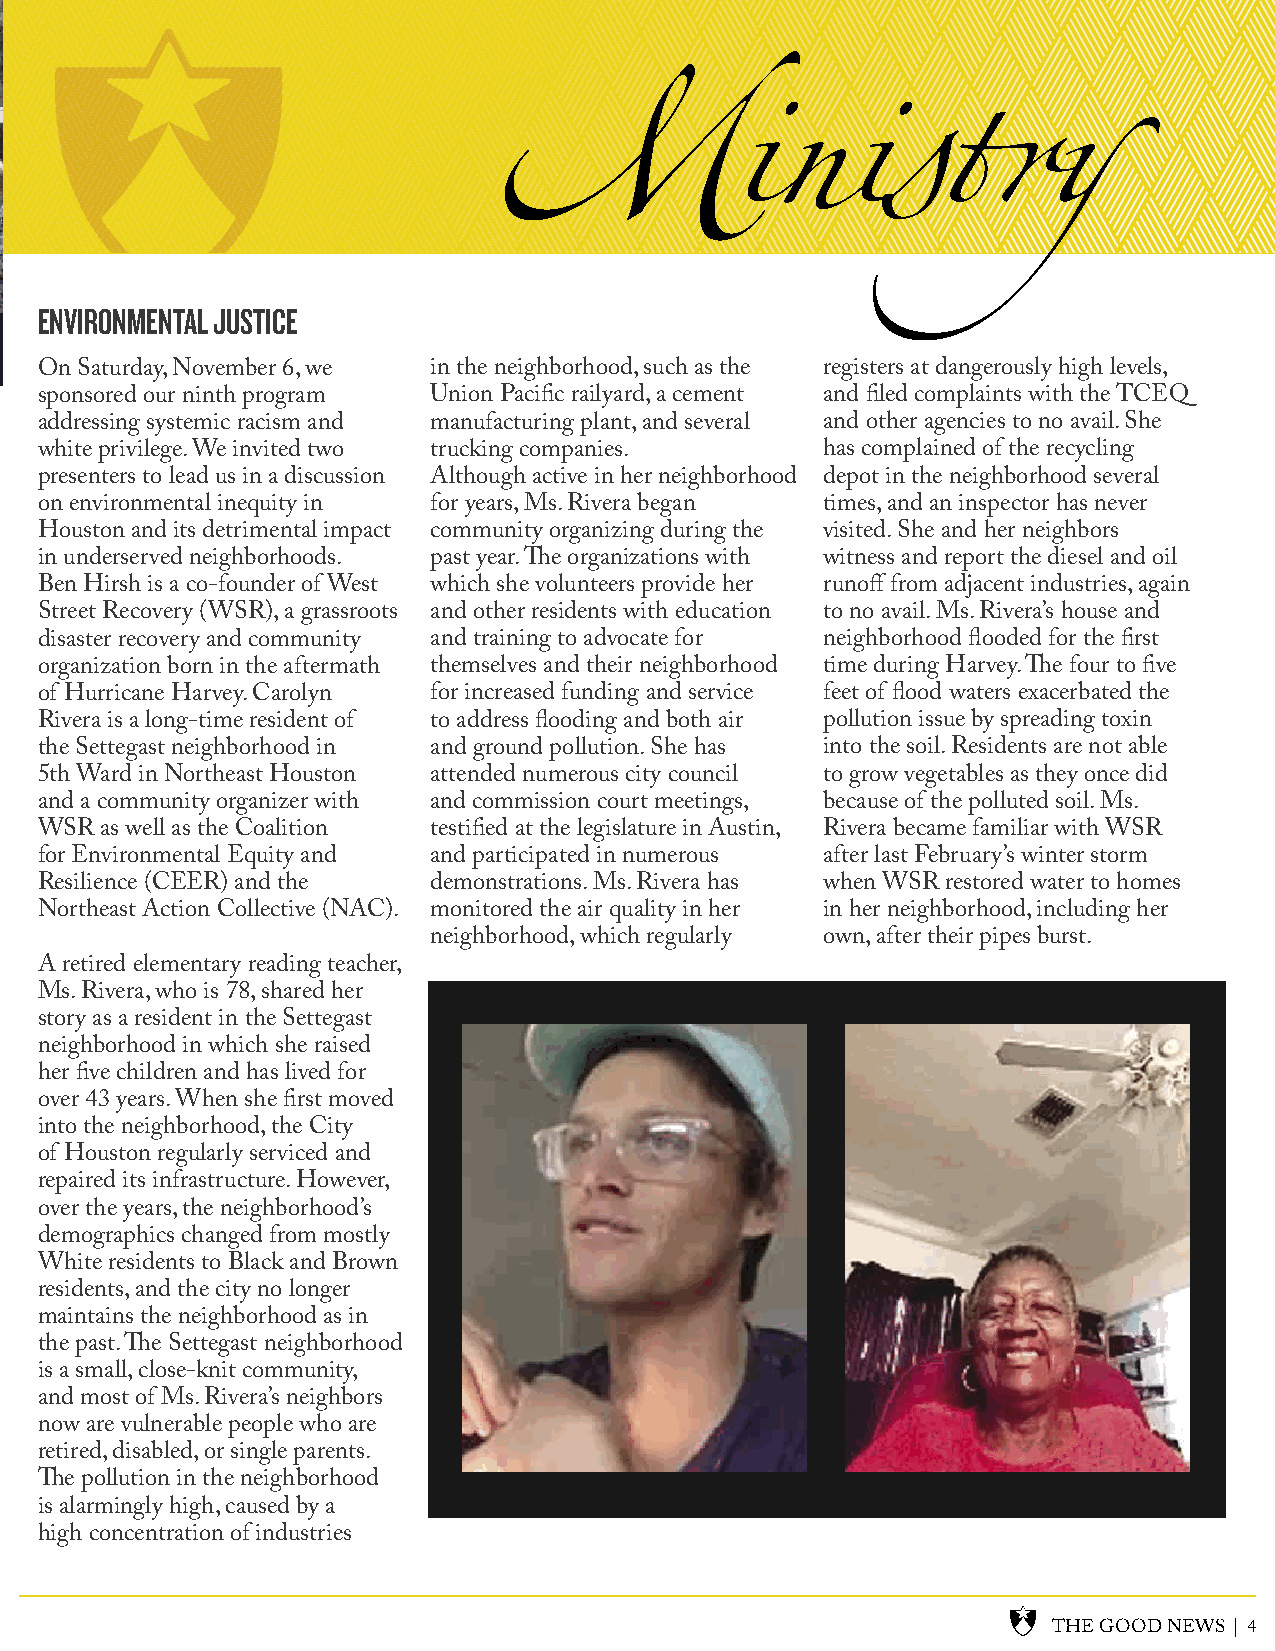
ENVIRONMENTAL JUSTICE
 On Saturday, November 6, we in the neighborhood, such as the registers at dangerously high levels,
 sponsored our ninth program Union Pacific railyard, a cement and filed complaints with the TCEQ
 addressing systemic racism and manufacturing plant, and several and other agencies to no avail. She
 white privilege. We invited two trucking companies. has complained of the recycling
 presenters to lead us in a discussion Although active in her neighborhood depot in the neighborhood several
 on environmental inequity in for years, Ms. Rivera began times, and an inspector has never
 Houston and its detrimental impact community organizing during the visited. She and her neighbors
 in underserved neighborhoods. past year. The organizations with witness and report the diesel and oil
 Ben Hirsh is a co-founder of West which she volunteers provide her runoff from adjacent industries, again
 Street Recovery (WSR), a grassroots and other residents with education to no avail. Ms. Rivera’s house and
 disaster recovery and community and training to advocate for neighborhood flooded for the first
 organization born in the aftermath themselves and their neighborhood time during Harvey. The four to five
 of Hurricane Harvey. Carolyn for increased funding and service feet of flood waters exacerbated the
 Rivera is a long-time resident of to address flooding and both air pollution issue by spreading toxin
 the Settegast neighborhood in and ground pollution. She has into the soil. Residents are not able
 5th Ward in Northeast Houston attended numerous city council to grow vegetables as they once did
 and a community organizer with and commission court meetings, because of the polluted soil. Ms.
 WSR  as well as the Coalition testified at the legislature in Austin, Rivera became familiar with WSR
 for Environmental Equity and and participated in numerous after last February’s winter storm
 Resilience (CEER) and the demonstrations. Ms. Rivera has when WSR restored water to homes
 Northeast Action Collective (NAC). monitored the air quality in her in her neighborhood, including her
 neighborhood, which regularly own, after their pipes burst.
 A retired elementary reading teacher,
 Ms. Rivera, who is 78, shared her
 story as a resident in the Settegast
 neighborhood in which she raised
 her five children and has lived for
 over 43 years. When she first moved
 into the neighborhood, the City
 of Houston regularly serviced and
 repaired its infrastructure. However,
 over the years, the neighborhood’s
 demographics changed from mostly
 White residents to Black and Brown
 residents, and the city no longer
 maintains the neighborhood as in
 the past. The Settegast neighborhood
 is a small, close-knit community,
 and most of Ms. Rivera’s neighbors
 now are vulnerable people who are
 retired, disabled, or single parents.
 The pollution in the neighborhood
 is alarmingly high, caused by a
 high concentration of industries
 THE GOOD NEWS | 4